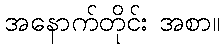
အနောက်တိုင်း အစာ။